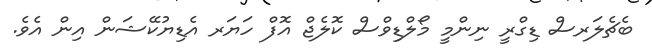
ބެޗެލަރސް ޑިގްރީ ނިންމީ މޯލްޑިވްސް ކޮލެޖް އޮފް ހަޔަރ އެޑިޔުކޭޝަން އިން އެވެ.